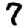
Digit: 7